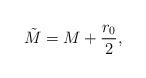
LaTeX: \begin{align*}\tilde{M} = M + \frac{r_0}{2},\end{align*}